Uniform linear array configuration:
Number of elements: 8
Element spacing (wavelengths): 0.75
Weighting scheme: hann
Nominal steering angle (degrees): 0
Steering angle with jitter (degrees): -1.271
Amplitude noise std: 0.05
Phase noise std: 0.05

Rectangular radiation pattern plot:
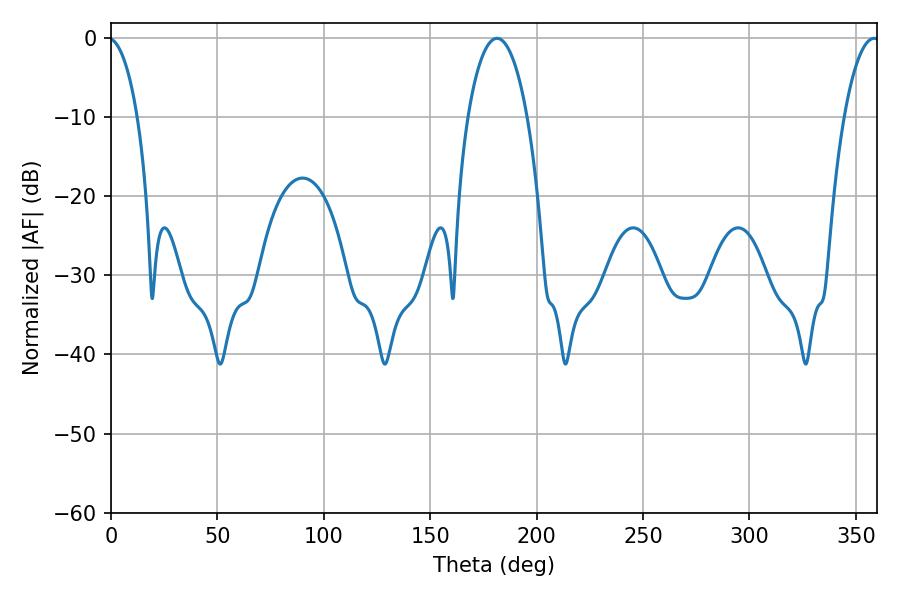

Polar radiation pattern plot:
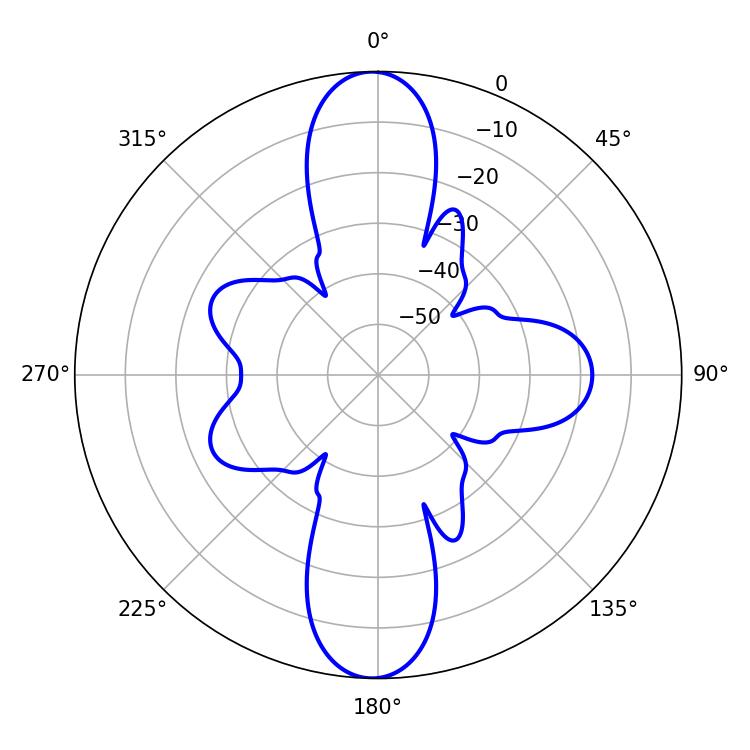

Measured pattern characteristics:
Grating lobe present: TRUE
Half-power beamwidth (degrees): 15.84
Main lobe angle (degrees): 181.44